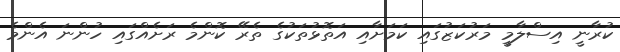
ކުރާނީ އިސްލާމީ މަރުކަޒުގައި ކަމަށާއި އަތޮޅުތަކުގެ ތެރޭ ކޮންމެ ރަށެއްގައި ހުންނަ އެންމެ